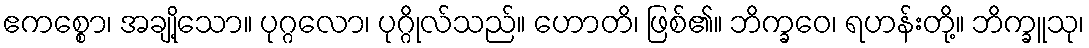
ဧကစ္စော၊ အချို့သော။ ပုဂ္ဂလော၊ ပုဂ္ဂိုလ်သည်။ ဟောတိ၊ ဖြစ်၏။ ဘိက္ခဝေ၊ ရဟန်းတို့။ ဘိက္ခူသု၊